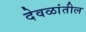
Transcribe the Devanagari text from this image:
देवळांतील